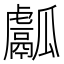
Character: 𤬝